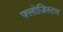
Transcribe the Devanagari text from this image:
फ्लोजिस्टन